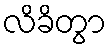
လိခိတွာ